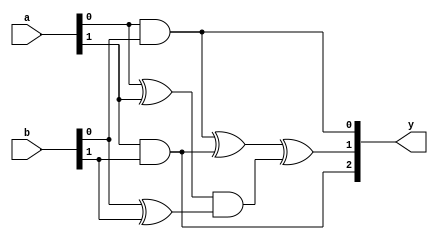
`timescale 1ns / 1ps
//////////////////////////////////////////////////////////////////////////////////
// Company: 
// Engineer: 
// 
// Design Name: 
// Module Name: KA_2bit
// Project Name: 
// Target Devices: 
// Tool Versions: 
// Description: 
// 
// Dependencies: 
// 
// Revision:
// Revision 0.01 - File Created
// Additional Comments:
// 
//////////////////////////////////////////////////////////////////////////////////


module KA_2bit(
    a, 
    b, 
    y
    );
    
input [1:0] a;
input [1:0] b;

output [2:0] y;

reg [2:0] y;

always @(a,b)
begin
    y[0] = (a[0] & b[0]);
    y[2] = (a[1] & b[1]);
    y[1] = (y[0] ^ y[2]) ^ ((a[0] ^ a[1]) & (b[0] ^ b[1]));
end
    
endmodule